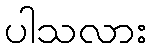
ပါသလား